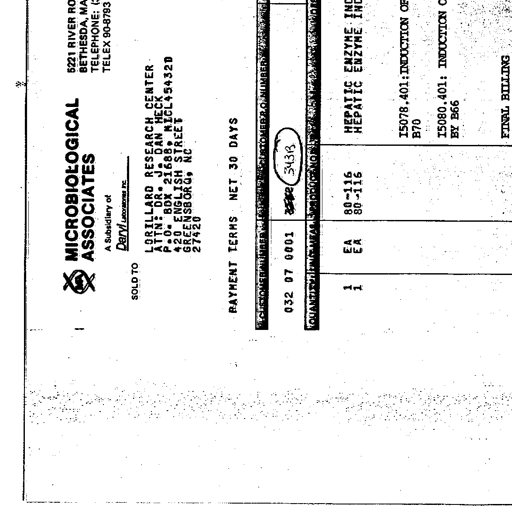
Transcript:
MICROBIOLOGICAL
ASSOCIATES
A Subsidiary of
Daryl Laboratories Inc.
SOLD TO
LORILLARD RESEARCH CENTER
ATTN: DR. J. DAN HECK
P.O. BOX 21688 NICL45432D
420 ENGLISH STREET
GREENSBORO, NC
27420
PAYMENT TERMS NET 30 DAYS
5221 RIVER ROAD
BETHESDA, MARYLAND 20816
TELEPHONE: (301) 654-3400
TELEX 90-8793
CUSTOMER NO. SALESMAN NO. CUSTOMER P.O. NUMBER
032 07 0001 3532 343B
QUANTITY UNIT CAT. NO. DESCRIPTION
1 EA 80-116 HEPATIC ENZYME INDUCTION OF
1 EA 80-116 HEPATIC ENZYME INDUCTION OF
15078.401: INDUCTION OF
B70
15080.401: INDUCTION OF
BY B66
FINAL BILLING